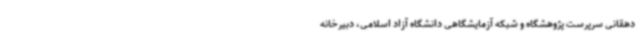
دهقانی سرپرست پژوهشگاه و شبکه آزمایشگاهی دانشگاه آزاد اسلامی، دبیرخانه